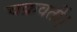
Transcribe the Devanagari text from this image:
चक्रवर्ती।